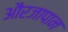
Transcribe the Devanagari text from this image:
औरजापान